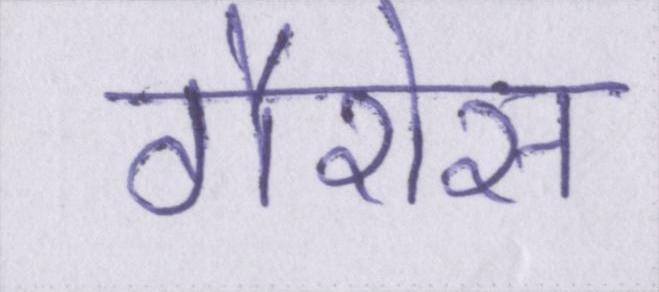
गैरोस